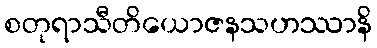
စတုရာသီတိယောဇနသဟဿာနိ